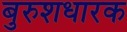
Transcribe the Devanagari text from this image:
बुरुशधारक